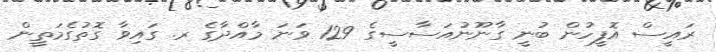
ރައީސް އޮފީހުން ބުނީ ގާނޫނުއަސާސީގެ 129 ވަނަ މާއްދާގެ ރ. ގައިވާ ގޮތުގެމަތީން